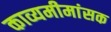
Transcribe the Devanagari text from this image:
काव्यमीमांसक